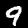
Digit: 9